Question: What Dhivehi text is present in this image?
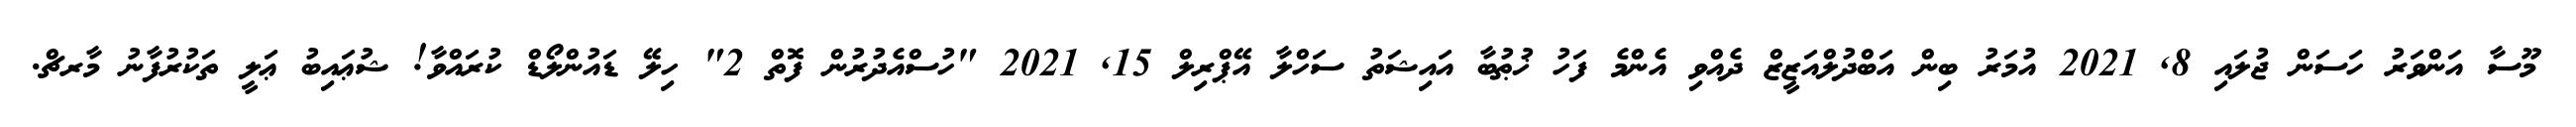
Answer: މޫސާ އަންވަރު ހަސަން ޖުލައި 8, 2021 އުމަރު ބިން އަބްދުލްއަޒީޒް ދެއްވި އެންމެ ފަހު ޚުޠުބާ އައިޝަތު ސަހްލާ އޭޕްރިލް 15, 2021 "ހުސްއެދުރުން ފޮތް 2" ހިލޭ ޑައުންލޯޑް ކުރައްވާ! ޝުޢައިބު ޢަލީ ތަކުރުފާނު މާރޗް.